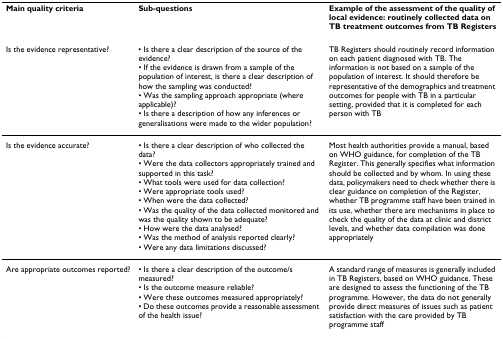
<table><thead><tr><td><b>Main quality criteria</b></td><td><b>Sub-questions</b></td><td><b>Example of the assessment of the quality of local evidence: routinely collected data on TB treatment outcomes from TB Registers</b></td></tr></thead><tbody><tr><td>Is the evidence representative?</td><td>• Is there a clear description of the source of the evidence?• If the evidence is drawn from a sample of the population of interest, is there a clear description of how the sampling was conducted?• Was the sampling approach appropriate (where applicable)?• Is there a description of how any inferences or generalisations were made to the wider population?</td><td>TB Registers should routinely record information on each patient diagnosed with TB. The information is not based on a sample of the population of interest. It should therefore be representative of the demographics and treatment outcomes for people with TB in a particular setting, provided that it is completed for each person with TB</td></tr><tr><td>Is the evidence accurate?</td><td>• Is there a clear description of who collected the data?• Were the data collectors appropriately trained and supported in this task?• What tools were used for data collection?• Were appropriate tools used?• When were the data collected?• Was the quality of the data collected monitored and was the quality shown to be adequate?• How were the data analysed?• Was the method of analysis reported clearly?• Were any data limitations discussed?</td><td>Most health authorities provide a manual, based on WHO guidance, for completion of the TB Register. This generally specifies what information should be collected and by whom. In using these data, policymakers need to check whether there is clear guidance on completion of the Register, whether TB programme staff have been trained in its use, whether there are mechanisms in place to check the quality of the data at clinic and district levels, and whether data compilation was done appropriately</td></tr><tr><td>Are appropriate outcomes reported?</td><td>• Is there a clear description of the outcome/s measured?• Is the outcome measure reliable?• Were these outcomes measured appropriately?• Do these outcomes provide a reasonable assessment of the health issue?</td><td>A standard range of measures is generally included in TB Registers, based on WHO guidance. These are designed to assess the functioning of the TB programme. However, the data do not generally provide direct measures of issues such as patient satisfaction with the care provided by TB programme staff</td></tr></tbody></table>